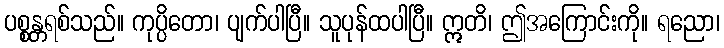
ပစ္စန္တရစ်သည်။ ကုပ္ပိတော၊ ပျက်ပါပြီ။ သူပုန်ထပါပြီ။ ဣတိ၊ ဤအကြောင်းကို။ ရညော၊